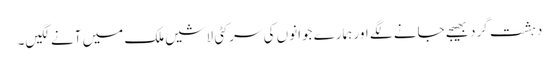
دہشت گرد بھیجے جانے لگے اور ہمارے جوانوں کی سر کٹی لاشیں ملک میں آنے لگیں۔